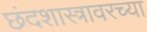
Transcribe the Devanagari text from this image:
छंदशास्त्रावरच्या